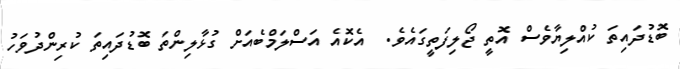
ބޮޑުދައިތަ ކުއްލިޔާވެސް އޮތީ ޖޯލިފަތީގައެވެ.  އެކޮއެ އަސްލަމްބެއަށް ގުޅާލިންތަ ބޮޑުދައިތަ ކުރިންދުވަހު